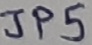
Text: JP5